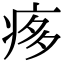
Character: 痑